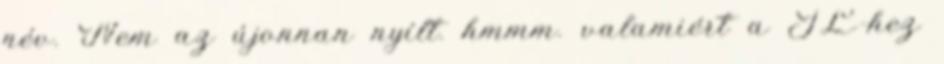
név. Nem az újonnan nyílt. hmmm. valamiért a JL-hez